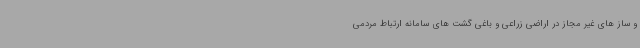
و ساز های غیر مجاز در اراضی زراعی و باغی گشت های سامانه ارتباط مردمی